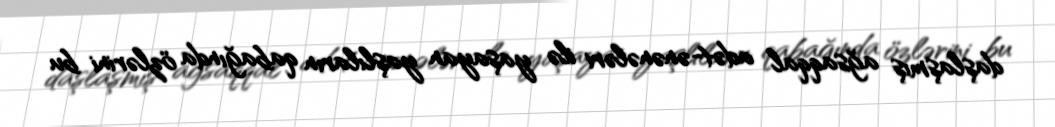
daşlaşmış ağsaqqal adət-ənənələri ilə yaşayan yaşlıların qabağında özlərini bu